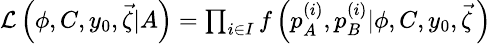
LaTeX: \begin{array}{r}{\small\mathcal{L}\left(\phi,C,y_{0},\vec{\zeta}|A\right)=\prod_{i\in I}f\left(p_{A}^{(i)},p_{B}^{(i)}|\phi,C,y_{0},\vec{\zeta}\, \right)}\end{array}